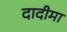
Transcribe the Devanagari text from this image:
दादीमा